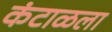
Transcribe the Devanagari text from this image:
कंटाळला